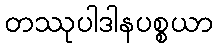
တဿုပါဒါနပစ္စယာ